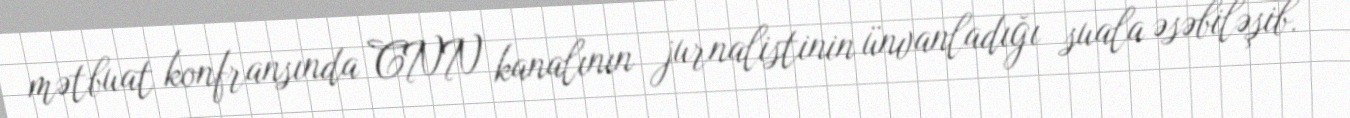
mətbuat konfransında CNN kanalının jurnalistinin ünvanladığı suala əsəbiləşib.